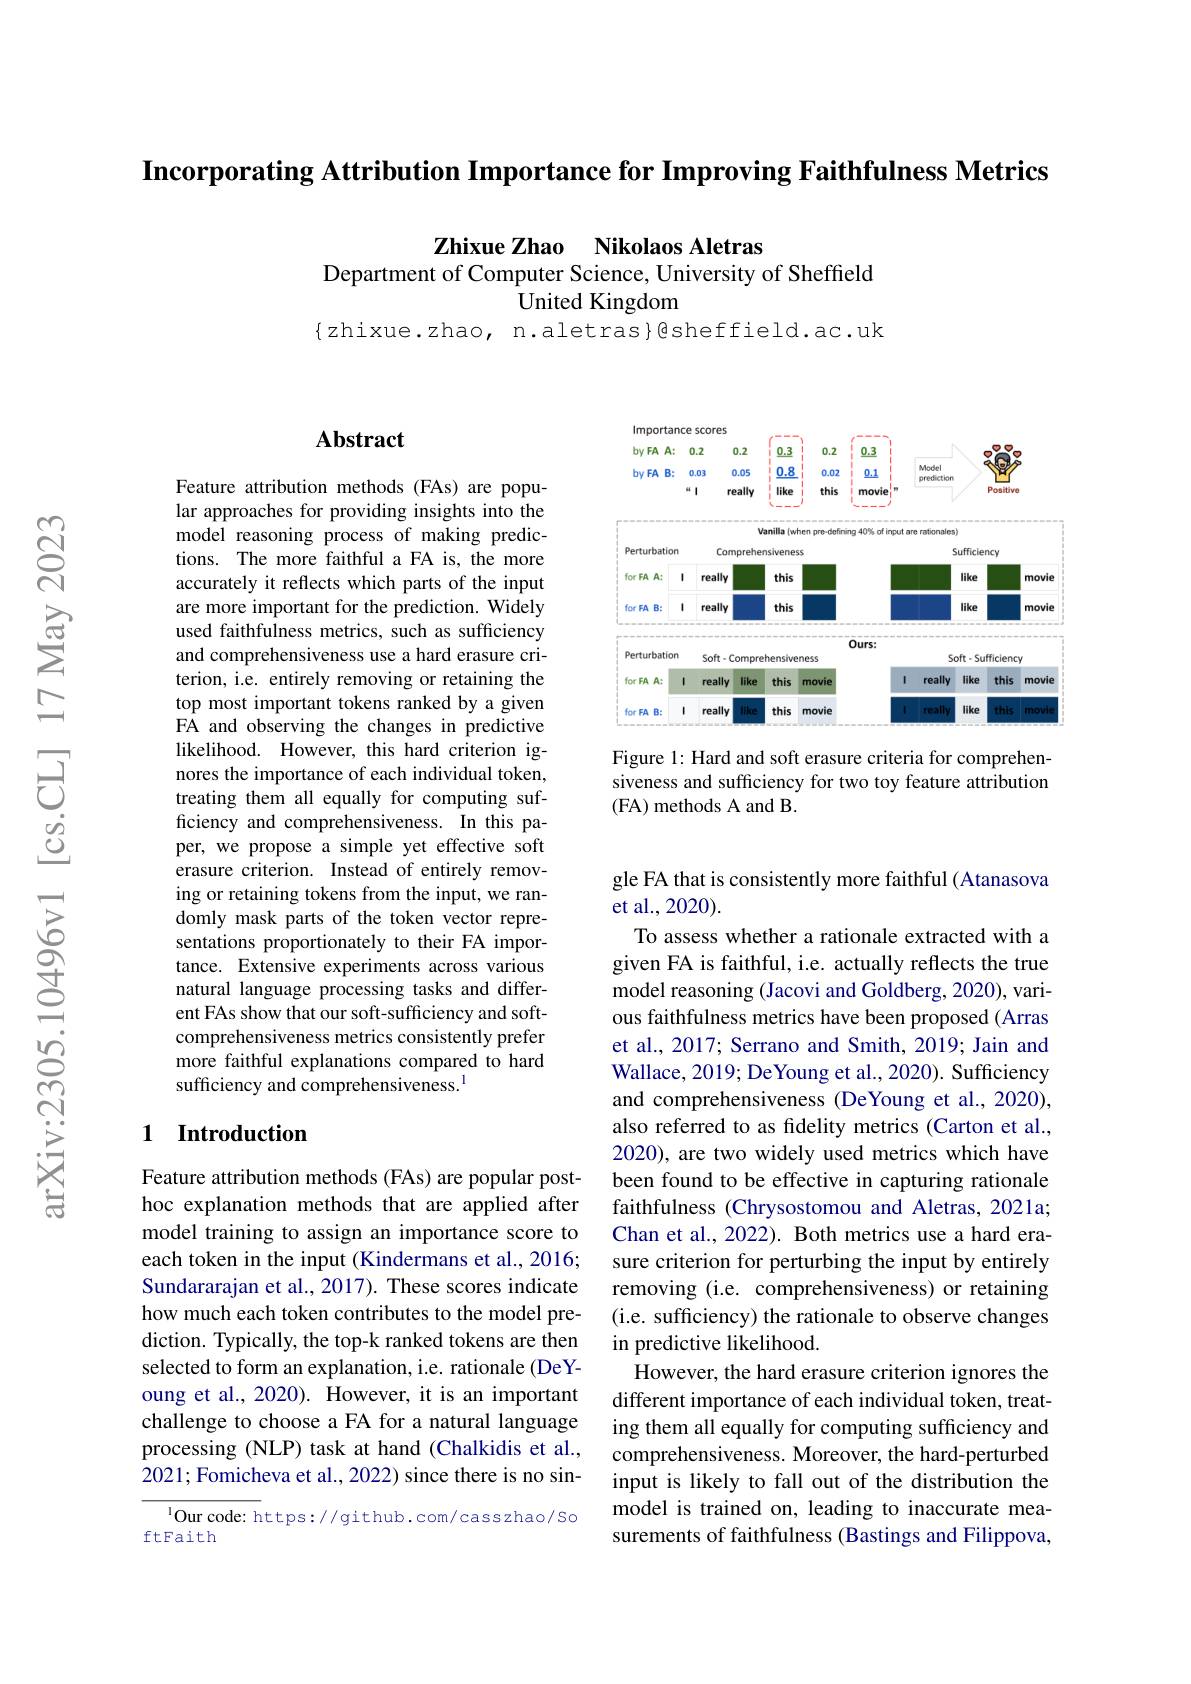
$\textbf{Incorporating Attribution Importance for Improving Faithfulness Metrics}$

Zhixue Zhao Nikolaos Aletras
Department of Computer Science, University of Sheffeld
United Kingdom
$\{$zhixue.zhao, n.aletras}@sheffield.ac.uk

<FigureHere>

Figure 1: Hard and soft erasure criteria for comprehensiveness and sufficiency for two toy feature attribution (FA) methods A and B.

## Abstract

Feature attribution methods (FAs) are popular approaches for providing insights into the model reasoning process of making predictions. The more faithful a FA is, the more accurately it reflects which parts of the input are more important for the prediction. Widely used faithfulness metrics, such as sufficiency and comprehensiveness use a hard erasure criterion, i.e. entirely removing or retaining the top most important tokens ranked by a given FA and observing the changes in predictive likelihood. However, this hard criterion ignores the importance of each individual token, treating them all equally for computing sufficiency and comprehensiveness. In this paper, we propose a simple yet effective soft erasure criterion. Instead of entirely removing or retaining tokens from the input, we randomly mask parts of the token vector representations proportionately to their FA importance. Extensive experiments across various natural language processing tasks and different FAs show that our soft-sufficiency and softcomprehensiveness metrics consistently prefer more faithful explanations compared to hard sufficiency and comprehensiveness.$^{\mathrm{l}}$

## 1 Introduction

Feature attribution methods (FAs) are popular posthoc explanation methods that are applied after model training to assign an importance score to each token in the input (Kindermans et al., 2016; Sundararajan et al., 2017). These scores indicate how much each token contributes to the model prediction. Typically, the top-k ranked tokens are then selected to form an explanation, i.e. rationale (DeYoung et al., 2020). However, it is an important challenge to choose a FA for a natural language processing (NLP) task at hand (Chalkidis et al., 2021; Fomicheva et al., 2022) since there is no sin-

$^{1}$Our code: https://github.com/casszhao/So
ftFaith

gle FA that is consistently more faithful (Atanasova
et al.,2020).

To assess whether a rationale extracted with a given FA is faithful, i.e. actually reflects the true model reasoning (Jacovi and Goldberg, 2020), various faithfulness metrics have been proposed (Arras et al., 2017; Serrano and Smith, 2019; Jain and Wallace, 2019; DeYoung et al., 2020). Sufficiency and comprehensiveness (DeYoung et al., 2020), also referred to as fidelity metrics (Carton et al., 2020), are two widely used metrics which have been found to be effective in capturing rationale faithfulness (Chrysostomou and Aletras, 2021a; Chan et al., 2022). Both metrics use a hard erasure criterion for perturbing the input by entirely removing (i.e. comprehensiveness) or retaining (i.e. sufficiency) the rationale to observe changes in predictive likelihood.
However, the hard erasure criterion ignores the different importance of each individual token, treating them all equally for computing sufficiency and comprehensiveness. Moreover, the hard-perturbed input is likely to fall out of the distribution the model is trained on, leading to inaccurate measurements of faithfulness (Bastings and Filippova,